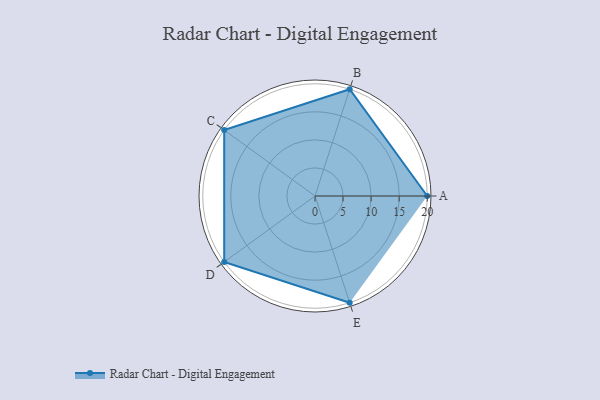
{"axis": {"x": "Skill", "y": "Score"}, "legend": ["Profile"], "data": [{"x": "A", "y": 20, "type": "Profile"}, {"x": "B", "y": 20, "type": "Profile"}, {"x": "C", "y": 20, "type": "Profile"}, {"x": "D", "y": 20, "type": "Profile"}, {"x": "E", "y": 20, "type": "Profile"}]}